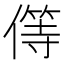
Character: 𠎬